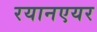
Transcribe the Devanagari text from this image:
रयानएयर